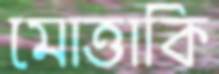
মোত্তাকি